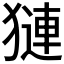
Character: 𬍁